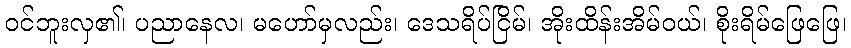
ဝင်ဘူးလှ၏၊ ပညာနေလ၊ မဟော်မှလည်း၊ ဒေသရိပ်ငြိမ်၊ အိုးထိန်းအိမ်ဝယ်၊ စိုးရိမ်ဖြေဖြေ၊